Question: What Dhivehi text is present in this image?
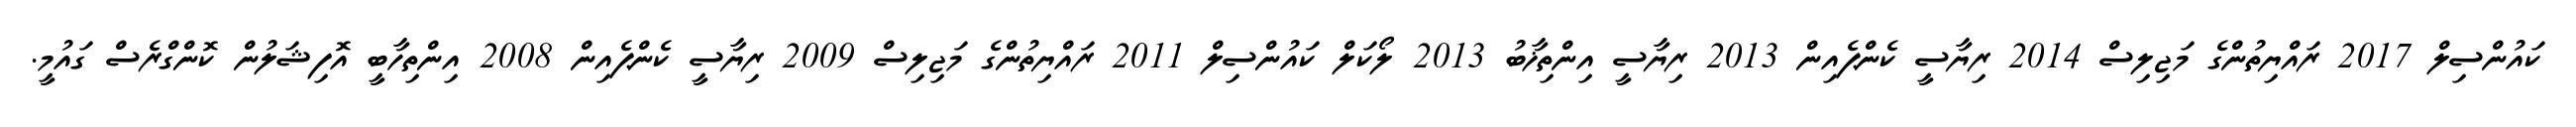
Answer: ކައުންސިލް 2017 ރައްޔިތުންގެ މަޖިލިސް 2014 ރިޔާސީ ކެންޕެއިން 2013 ރިޔާސީ އިންތިޚާބު 2013 ލޯކަލް ކައުންސިލް 2011 ރައްޔިތުންގެ މަޖިލިސް 2009 ރިޔާސީ ކެންޕެއިން 2008 އިންތިހާބީ އޮފިޝަލުން ކޮންގްރެސް ގައުމީ.